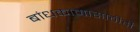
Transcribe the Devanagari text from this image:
बांधकामासाठीही